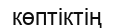
көптіктің